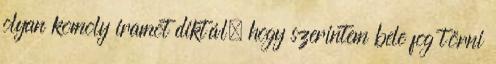
olyan komoly iramot diktál, hogy szerintem bele fog törni